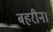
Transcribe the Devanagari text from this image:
बहरीन।